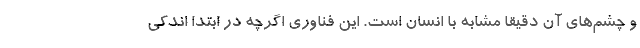
و چشم‌های آن دقیقا مشابه با انسان است. این فناوری اگرچه در ابتدا اندکی